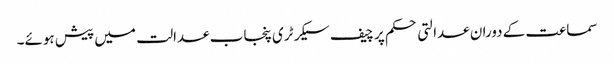
سماعت کے دوران عدالتی حکم پر چیف سیکرٹری پنجاب عدالت میں پیش ہوئے۔